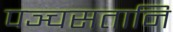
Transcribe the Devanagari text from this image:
पञ्चसतानि